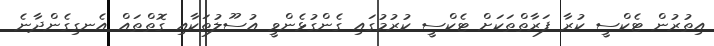
އިތުރުން ޓެކްސީ ކުރާ ފަރާތްތަކަށް ޓެކްސީ ކުރުމުގައި ގެންގުޅެންވީ އުސޫލުތަކާއި ގޮތްތައް އެނގިގެންދާނެ